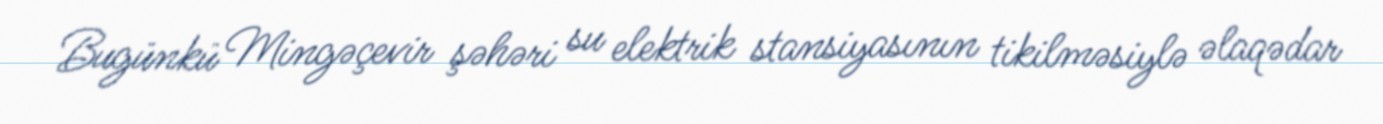
Bugünkü Mingəçevir şəhəri su elektrik stansiyasının tikilməsiylə əlaqədar